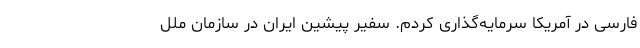
فارسی در آمریکا سرمایه‌گذاری کردم. سفیر پیشین ایران در سازمان ملل